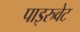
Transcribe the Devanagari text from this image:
पाइरुवेट